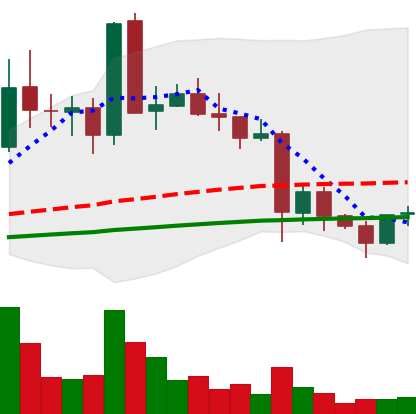
Ticker: EOS-USD
Chart end date: 2021-05-25
Forward return: 5.866%
Label: up_5_7